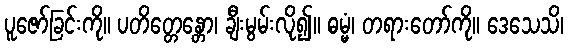
ပူဇော်ခြင်းကို။ ပတိတ္တေန္တော၊ ချီးမွမ်းလို၍။ ဓမ္မံ၊ တရားတော်ကို။ ဒေသေသိ၊